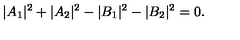
\quad | A _ { 1 } | ^ { 2 } + | A _ { 2 } | ^ { 2 } - | B _ { 1 } | ^ { 2 } - | B _ { 2 } | ^ { 2 } = 0 .